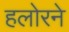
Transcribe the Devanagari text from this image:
हलोरने